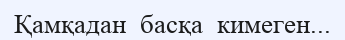
Қамқадан  басқа  кимеген...